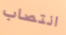
انتصاب